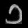
Digit: ၁